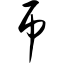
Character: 吊